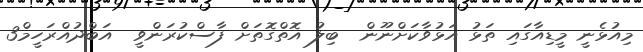
މިއުޅެނީ މީޑިއާގައި ތަޅު އަޅުވާކަށްނޫން  ބިލު އޮތްގޮތަށް ފާސްކުރަންވީ  އަބްދުއްރަހީމް3